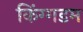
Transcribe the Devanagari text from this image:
किंग्गडम